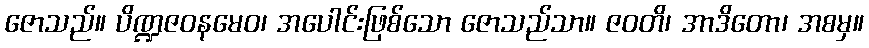
ဇောသည်။ ပိဏ္ဍဇဝနမေဝ၊ အပေါင်းဖြစ်သော ဇောသည်သာ။ ဇဝတိ၊ အာဒိတော၊ အစမှ။